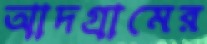
আদগ্রামের